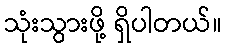
သုံးသွားဖို့ ရှိပါတယ်။